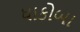
ધાકોબા